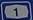
1